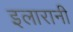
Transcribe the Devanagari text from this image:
इलारानी